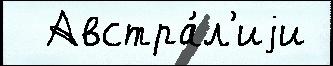
  Австра́л'иjи